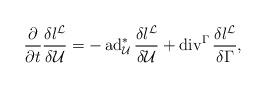
LaTeX: \begin{align*}\frac{\partial}{\partial t}\frac{\delta l^\mathcal{L}}{\delta\mathcal{U}}=-\operatorname{ad}^*_{\mathcal{U}}\frac{\delta l^\mathcal{L}}{\delta\mathcal{U}}+\operatorname{div}^{\Gamma}\frac{\delta l^\mathcal{L}}{\delta\Gamma},\end{align*}